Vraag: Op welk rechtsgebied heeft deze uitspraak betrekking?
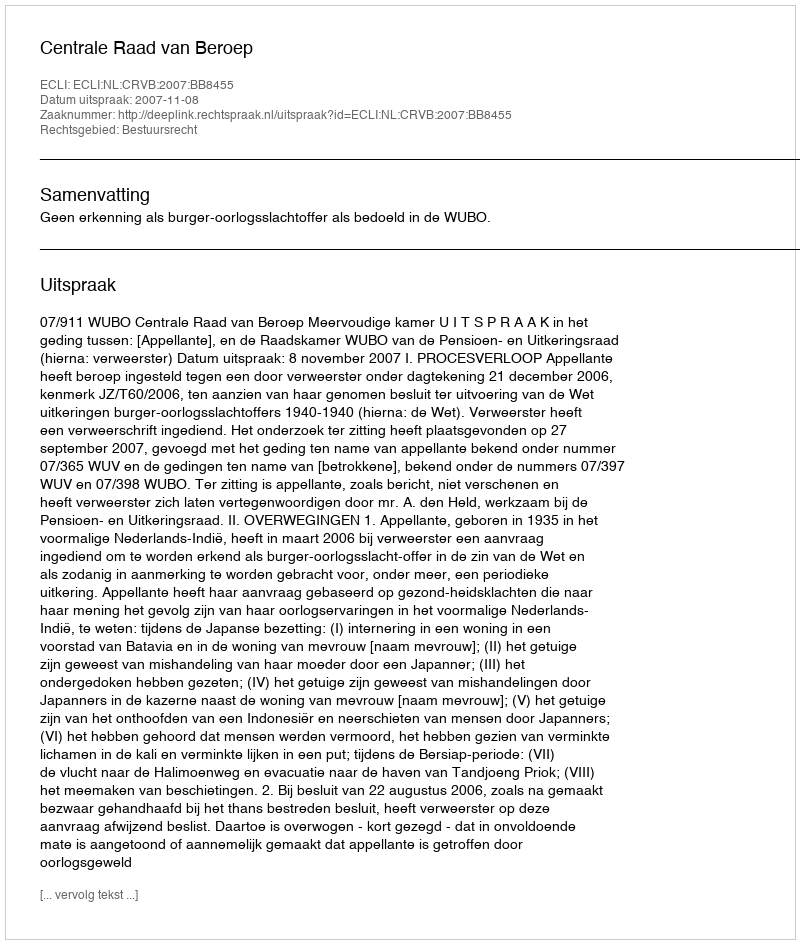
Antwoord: Bestuursrecht